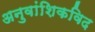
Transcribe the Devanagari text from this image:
अनुवांशिकविद